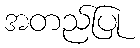
အတည်ပြု